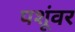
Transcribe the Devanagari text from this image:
पशूंवर